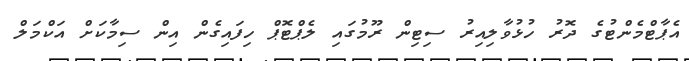
އެޕާޓްމެންޓުގެ ދޮރު ހުޅުވާލިއިރު ސިޓިން ރޫމުގައި ލެޕްޓޮޕް ހިފައިގެން އިން ސިމާކަށް އަކްމަލް